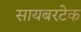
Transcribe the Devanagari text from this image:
सायबरटेक